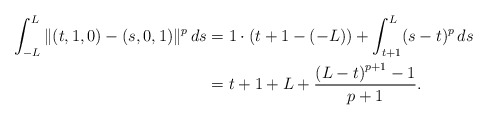
\begin{align*} \int_{-L}^L \Vert (t,1,0) - (s,0,1) \Vert^p \,ds &= 1 \cdot (t+1 - (-L)) + \int_{t+1}^L (s-t)^p \, ds \\ &= t+1+L+{\frac {\left( L-t \right)^{p+1} - 1}{p+1}}. \end{align*}